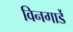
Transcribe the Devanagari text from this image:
विनगार्डे